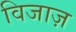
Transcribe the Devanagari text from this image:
विजाज़